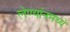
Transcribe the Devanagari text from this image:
लेण्यांनमध्ये